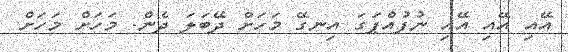
އޭއި އޭއި އޭއި ނުފުއްޕަގަ އިނގޭ މަހަށް ދޭބަލަ ދެން. މަހަށް މަހަށް